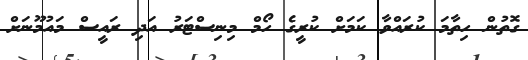
ގޮތުން ހިތާމަ ކުރައްވާ ކަމަށް ކުރީގެ ހޯމް މިނިސްޓަރު އަދި ރައީސް މައުމޫނަށް